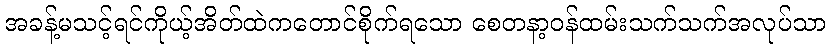
အခန့်မသင့်ရင်ကိုယ့်အိတ်ထဲကတောင်စိုက်ရသော စေတနာ့ဝန်ထမ်းသက်သက်အလုပ်သာ